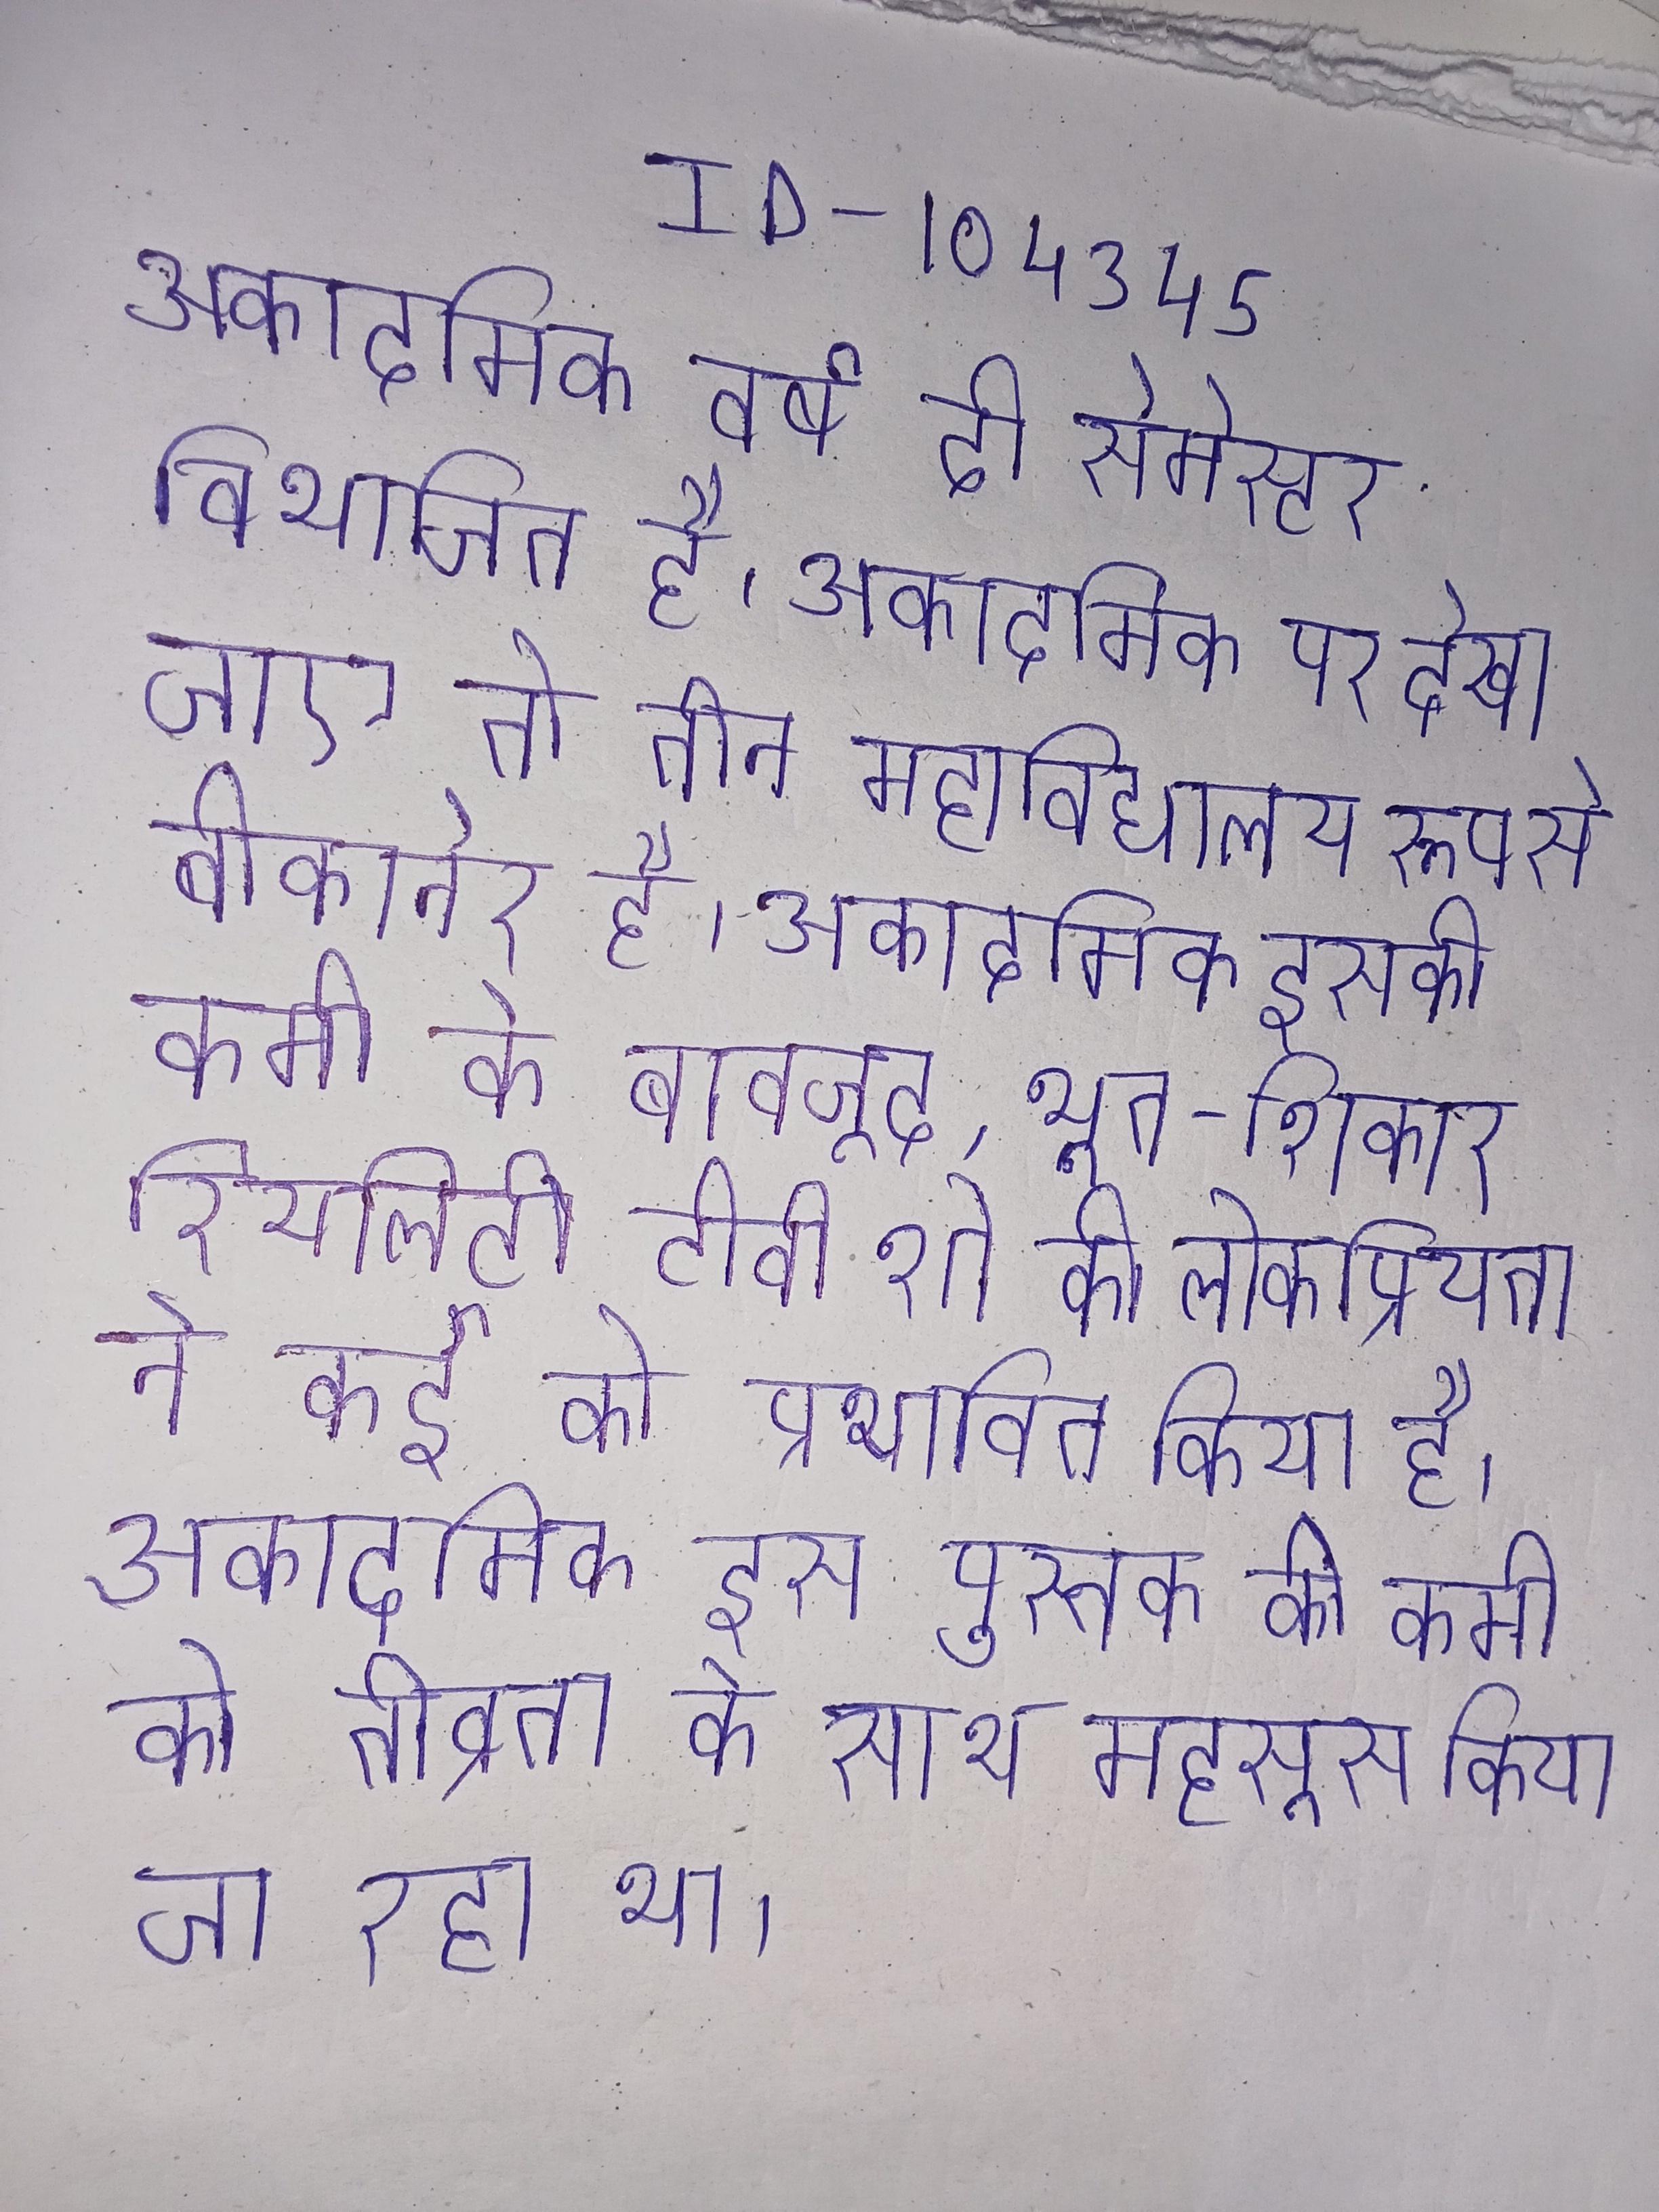
अकादमिक वर्ष दो सेमेस्टर विभाजित है । अकादमिक पर देखा जाए तो तीन महाविद्यालय रूप से बीकानेर है । अकादमिक इसकी कमी के बावजूद, भूत-शिकार रियलिटी टीवी शो की लोकप्रियता ने कई को प्रभावित किया है । अकादमिक इस पुस्तक की कमी को तीव्रता के साथ महसूस किया जा रहा था ।